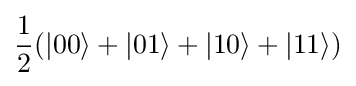
{\frac {1}{2}}(|00\rangle +|01\rangle +|10\rangle +|11\rangle )